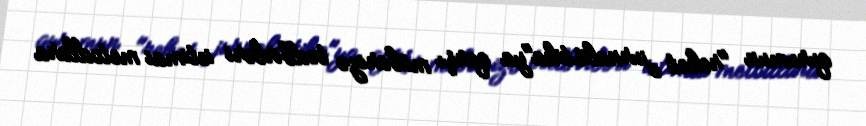
qurumun "reket jurnalistika"ya qarşı mübarizə tədbirləri ictimai metodlara